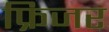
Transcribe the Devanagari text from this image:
फ्रिजर